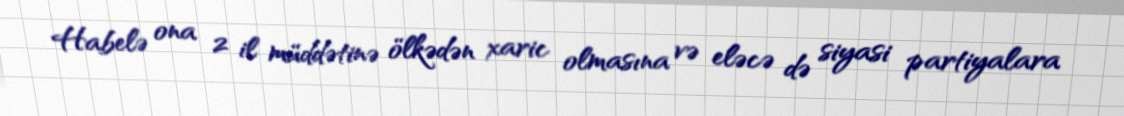
Habelə ona 2 il müddətinə ölkədən xaric olmasına və eləcə də siyasi partiyalara